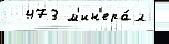
  473 м'ин'ера́л